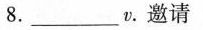
8.____v.邀请